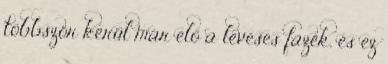
többször kerül már elő a leveses fazék, és ez